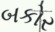
બકોર